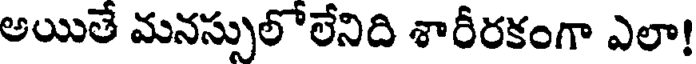
అయితే మనస్సులో లేనిది శారీరకంగా ఎలా!